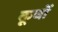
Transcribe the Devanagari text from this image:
कूर्चो